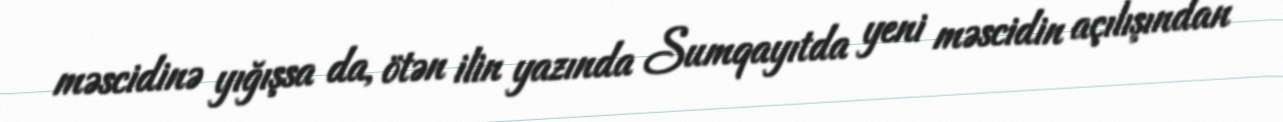
məscidinə yığışsa da, ötən ilin yazında Sumqayıtda yeni məscidin açılışından